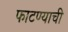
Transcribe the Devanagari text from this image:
फाटण्याची